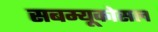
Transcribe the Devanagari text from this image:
सबम्‍यूकोसल